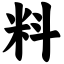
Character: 料